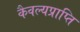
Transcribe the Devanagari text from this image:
कैवल्यप्राप्ति